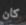
كان